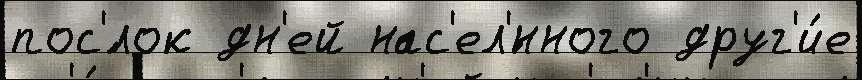
пос'́лок дн'ей нас'ел'́нного друг'и́е